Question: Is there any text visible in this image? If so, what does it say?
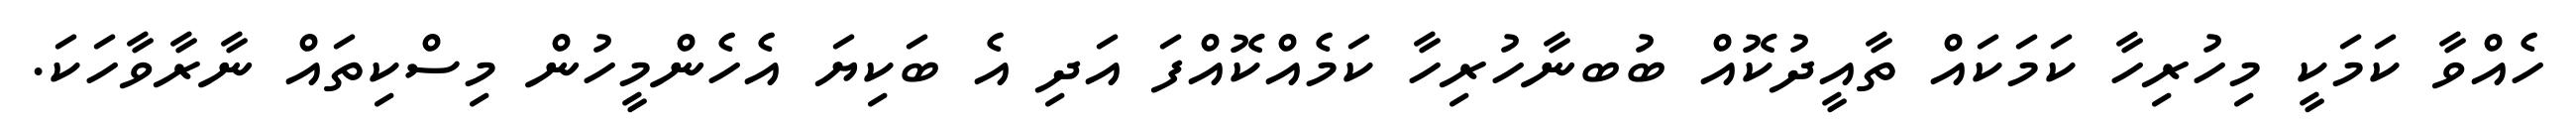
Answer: ހެއްވާ ކަމަކީ މިހުރިހާ ކަމަކައް ތާއީދުކޮއް ބުބނާހުރިހާ ކަމެއްކޮއްފަ އަދި އެ ބަކިޔަ އެހެންމީހުން މިސްކިތައް ނާރާވާހަކަ.